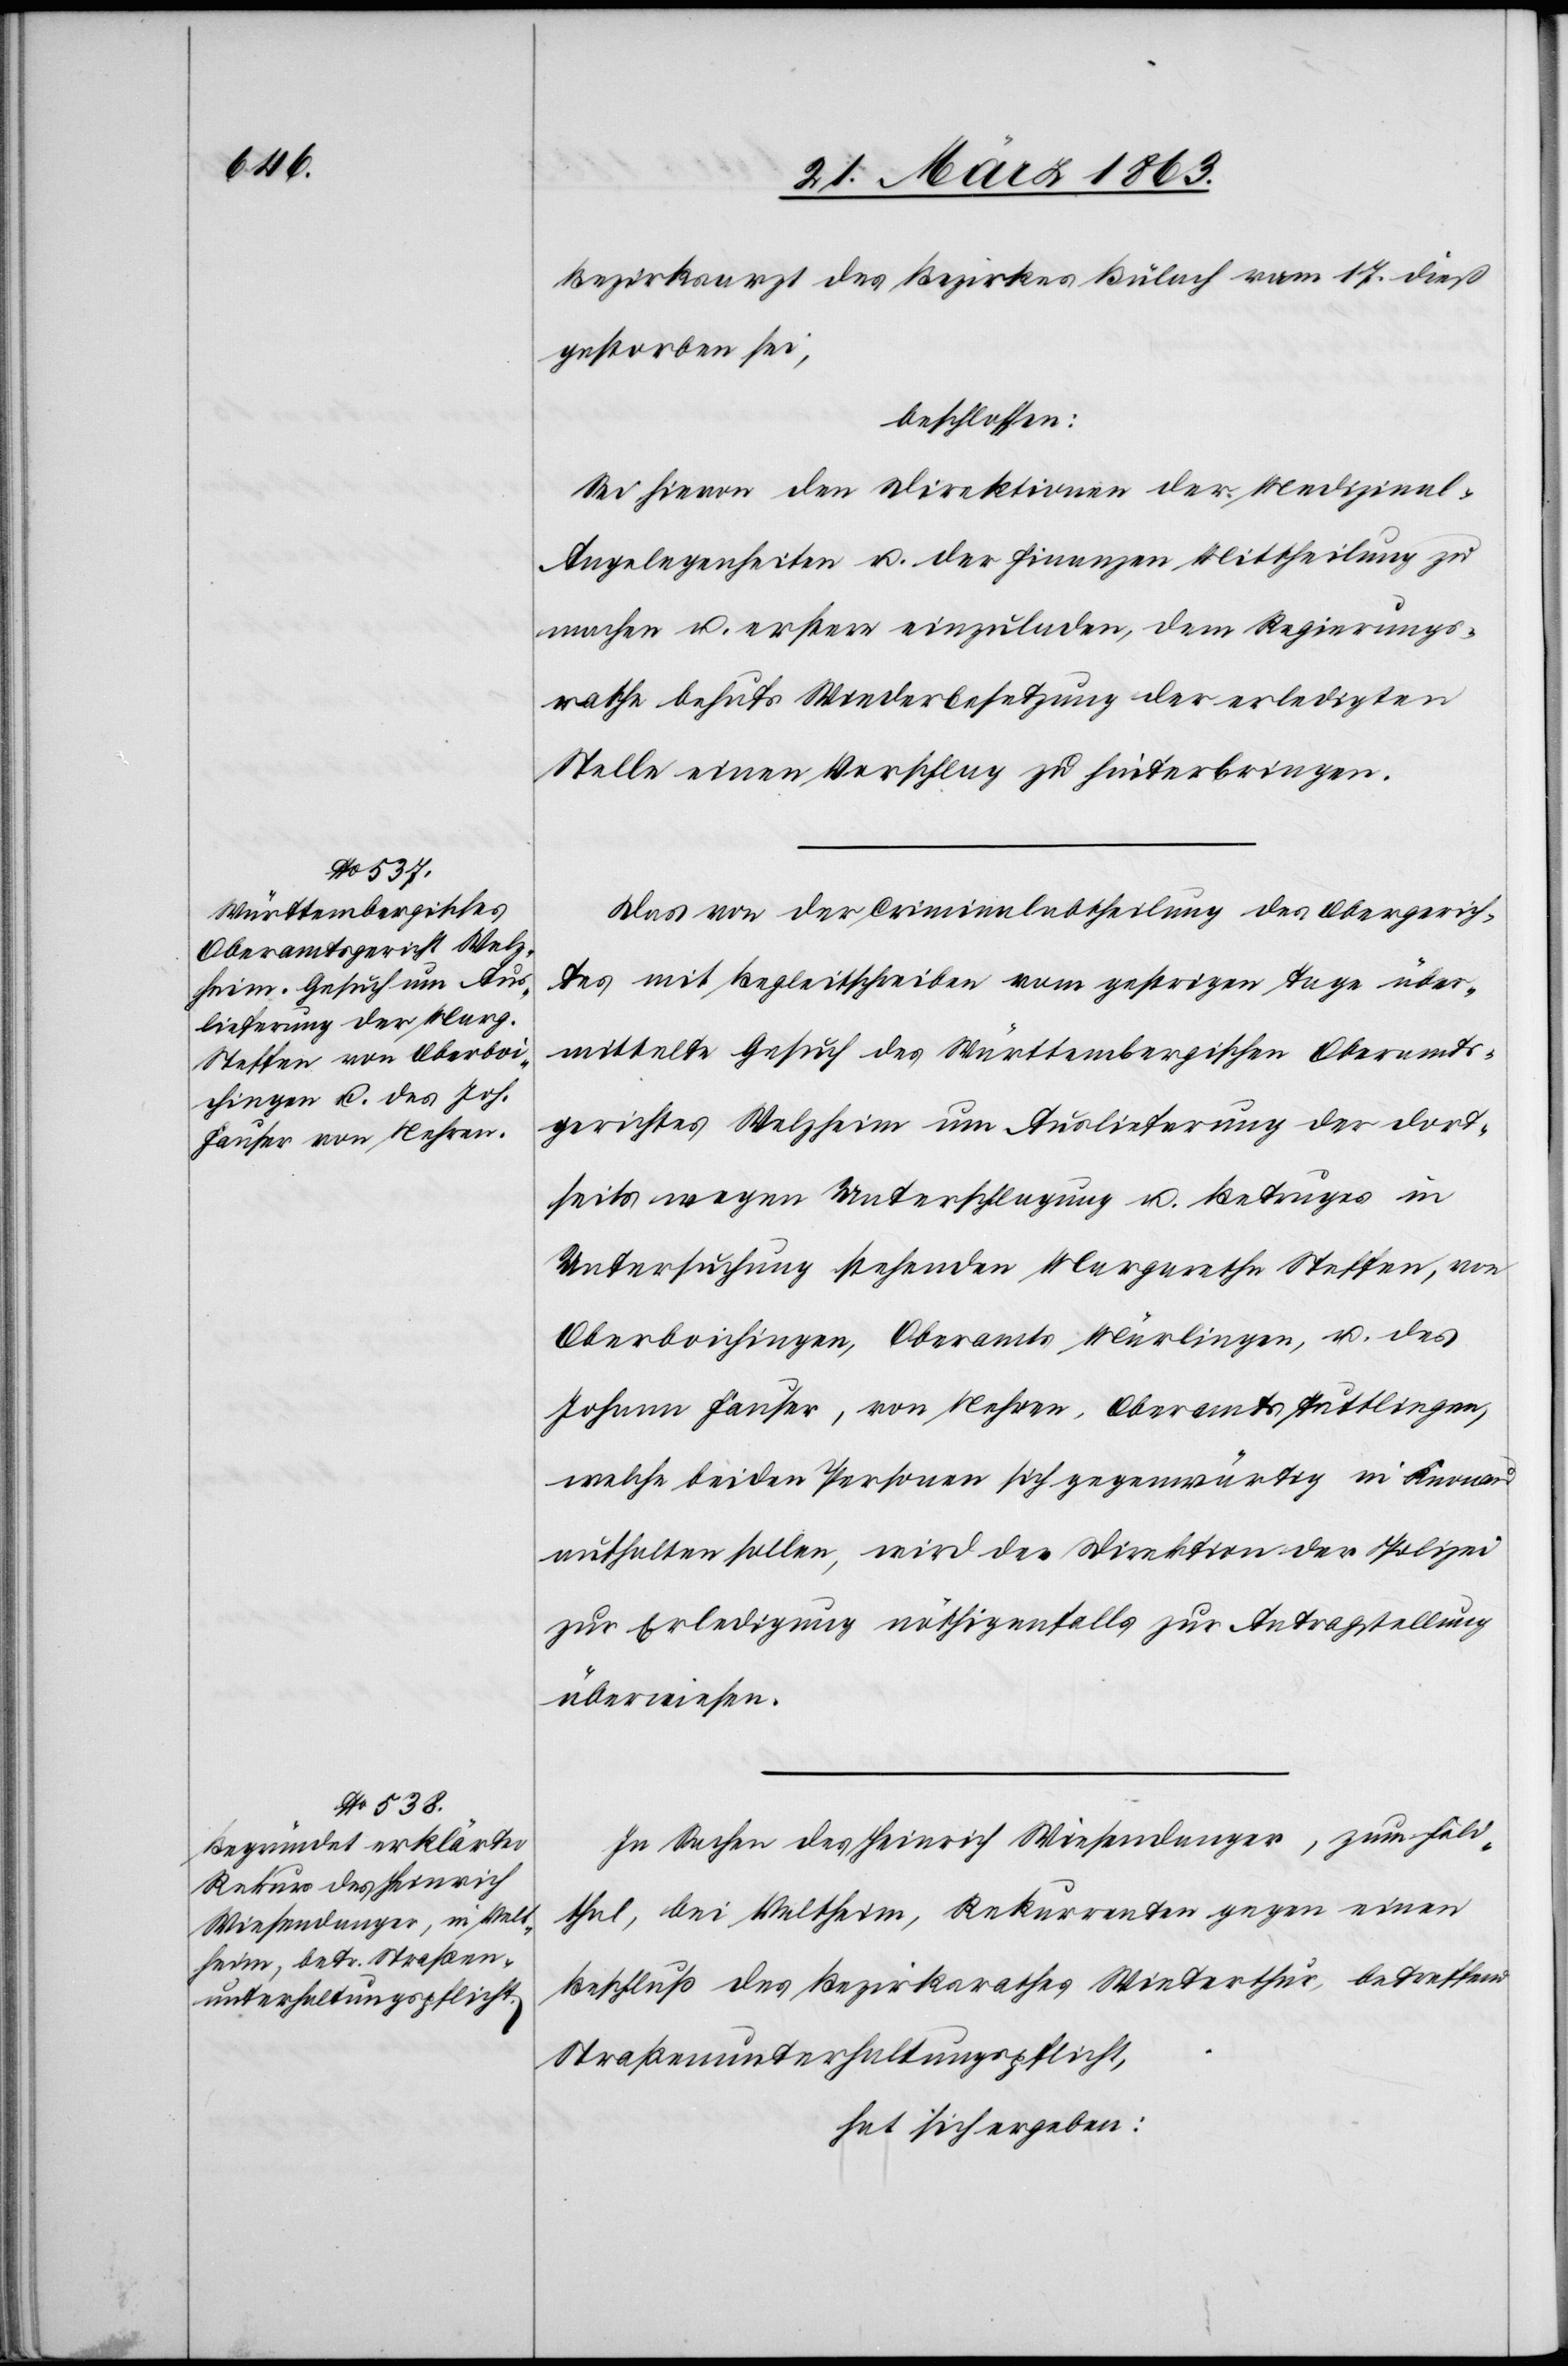
Bezirksarzt des Bezirkes Bülach vom 17. dieß
gestorben sei,
beschlossen:
Sei hievon den Direktionen der Medizinal-A¬
ngelegenheiten u. der Finanzen Mittheilung zu
machen u. erstere einzuladen, dem Regierungs¬
rathe behufs Wiederbesetzung der erledigten
Stelle einen Vorschlag zu hinterbringen.
Das von der Criminalabtheilung des Obergerich¬
tes mit Begleitschreiben vom gestrigen Tage über¬
mittelte Gesuch des Württembergischen Oberamts¬
gerichtes Welzheim um Auslieferung der dort¬
seits wegen Unterschlagung u. Betruges in
Untersuchung stehenden Margaretha Steffen, von
Oberboichingen, Oberamts Märlingen, u. des
Johann Fauser, von Nehren, Oberamts Tuttlingen,
welche beiden Personen sich gegenwärtig in Knonau
aufhalten sollen, wird der Direktion der Polizei
zur Erledigung nöthigenfalls zur Antragstellung
überwiesen.
In Sachen des Heinrich Wiesendanger, zum Feld¬
thal, bei Veltheim, Rekurrenten gegen einen
Beschluß des Bezirksrathes Winterthur, betreffend
Straßenunterhaltungspflicht,
hat sich ergeben: